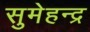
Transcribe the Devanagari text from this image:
सुमेहन्द्र